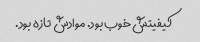
کیفیتش خوب بود. موادش تازه بود.